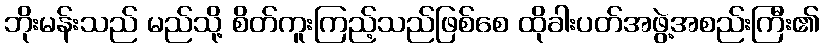
ဘိုးမန်းသည် မည်သို့ စိတ်ကူးကြည့်သည်ဖြစ်စေ ထိုခါးပတ်အဖွဲ့အစည်းကြီး၏